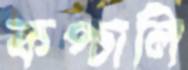
কপ্‌চালি